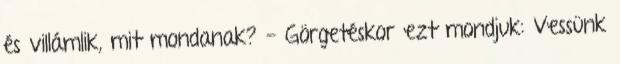
és villámlik, mit mondanak? - Görgetéskor ezt mondjuk: Vessünk